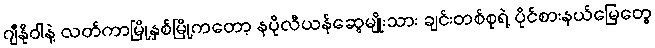
ဂျီနိုဝါနဲ့ လတ်ကာမြို့နှစ်မြို့ကတော့ နပိုလီယန်ဆွေမျိုးသား ချင်းတစ်စုရဲ့ ပိုင်စားနယ်မြေတွေ